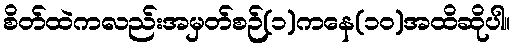
စိတ်ထဲကလည်းအမှတ်စဉ်(၁)ကနေ(၁၀)အထိဆိုပါ။